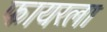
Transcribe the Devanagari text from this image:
फायरला